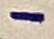
Text: -